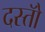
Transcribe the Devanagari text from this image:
दस्तोॅ